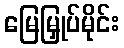
မြေမြှုပ်မိုင်း